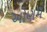
ઓણમ